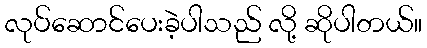
လုပ်ဆောင်ပေးခဲ့ပါသည် လို့ ဆိုပါတယ်။